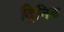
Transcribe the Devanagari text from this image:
दिनिक